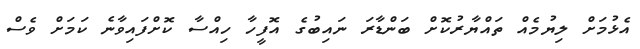
އެޅުމަށް ލިޔުމެއް ތައްޔާރުކޮށް ބަންޑާރަ ނައިބުގެ އޮފީހާ ހިއްސާ ކޮށްފައިވާނެ ކަމަށް ވެސް